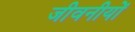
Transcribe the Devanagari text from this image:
जीवनीयोँ